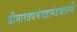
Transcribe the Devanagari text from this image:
श्रीभारतधर्ममहामंडळातर्फे